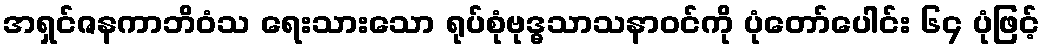
အရှင်ဇနကာဘိဝံသ ရေးသားသော ရုပ်စုံဗုဒ္ဓသာသနာဝင်ကို ပုံတော်ပေါင်း ၆၄ ပုံဖြင့်